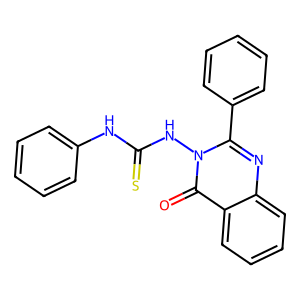
SMILES: O=c1c2ccccc2nc(-c2ccccc2)n1NC(=S)Nc1ccccc1
Inhibits HIV replication: No